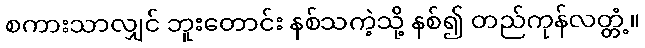
စကားသာလျှင် ဘူးတောင်း နစ်သကဲ့သို့ နစ်၍ တည်ကုန်လတ္တံ့။